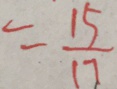
= \frac { 1 5 } { 1 7 }